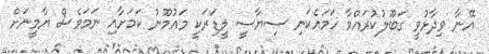
އޭނާ ވިދާޅުވީ ގަބޫލުކުރައްވާ ހަމައެކަނި ސިޔާސީ ލީޑަރަކީ މައުމޫނު ކަމަށާއި ނަމަވެސް ޔާމީނަށް